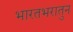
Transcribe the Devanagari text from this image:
भारतभरातुन